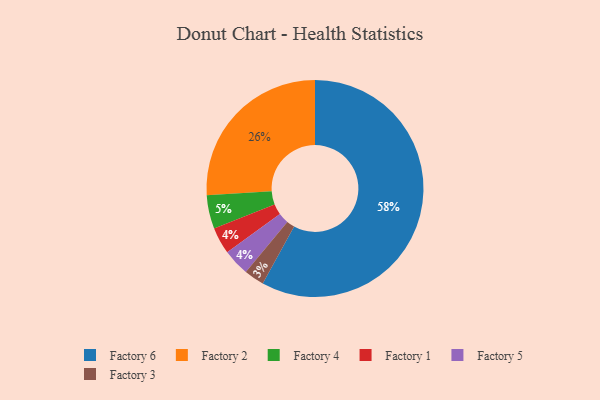
{"axis": {"x": "Category", "y": "Percentage"}, "legend": ["Factory 1", "Factory 2", "Factory 3", "Factory 4", "Factory 5", "Factory 6"], "data": [{"x": "Factory 6", "y": 58, "type": "Factory 6"}, {"x": "Factory 2", "y": 26, "type": "Factory 2"}, {"x": "Factory 3", "y": 3, "type": "Factory 3"}, {"x": "Factory 4", "y": 5, "type": "Factory 4"}, {"x": "Factory 1", "y": 4, "type": "Factory 1"}, {"x": "Factory 5", "y": 4, "type": "Factory 5"}]}